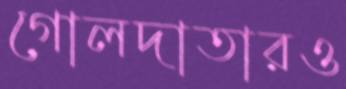
গোলদাতারও